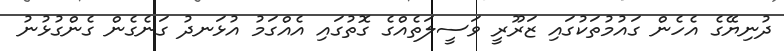
ދުނިޔޭގެ އެހެން ގައުމުތަކުގައި ޒަރޫރީ ވަސީލަތެއްގެ ގޮތުގައި އެއްގަމު އުޅަނދު ގަނެގެން ގެންގުޅުނު